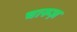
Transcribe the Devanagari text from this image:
चारूज़